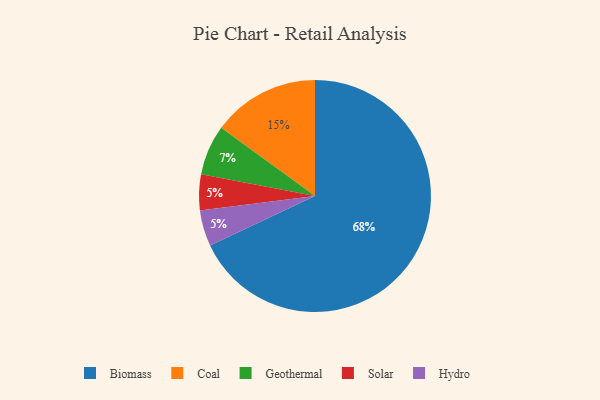
{"axis": {"x": "Category", "y": "Percentage"}, "legend": ["Biomass", "Coal", "Geothermal", "Hydro", "Solar"], "data": [{"x": "Coal", "y": 15, "type": "Coal"}, {"x": "Solar", "y": 5, "type": "Solar"}, {"x": "Biomass", "y": 68, "type": "Biomass"}, {"x": "Geothermal", "y": 7, "type": "Geothermal"}, {"x": "Hydro", "y": 5, "type": "Hydro"}]}